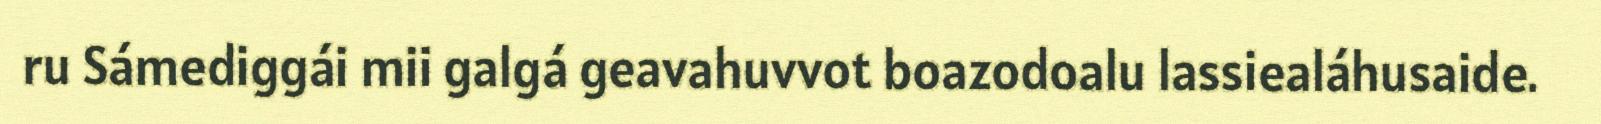
ru Sámediggái mii galgá geavahuvvot boazodoalu lassiealáhusaide.